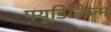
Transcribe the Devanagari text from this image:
फ्यूडिलिज्म